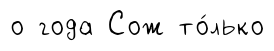
о года Сож то́лько